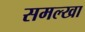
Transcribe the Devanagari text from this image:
समल्खा